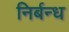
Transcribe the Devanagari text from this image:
निर्बन्ध